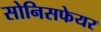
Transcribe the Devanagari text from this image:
सोनिसफेयर